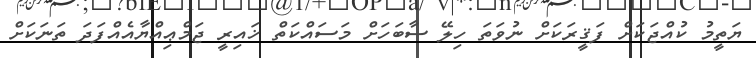
ޔަތީމު ކުއްޖަކަށް ފަޤީރަކަށް ނުވަތަ ހިލޭ ސާބަހަށް މަސައްކަތް ޚައިރީ ޖަމްޢިއްޔާއެއްފަދަ ތަނަކަށް